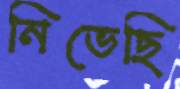
নিভেছি